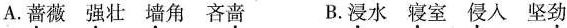
A.蔷薇强壮墙角吝啬 B.浸水寝室侵入坚劲